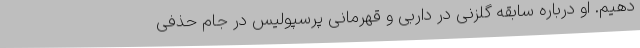
دهیم. او درباره سابقه گلزنی در داربی و قهرمانی پرسپولیس در جام حذفی